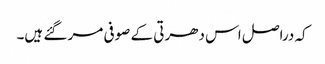
کہ دراصل اس دھرتی کے صوفی مر گئے ہیں۔